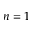
n = 1